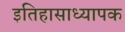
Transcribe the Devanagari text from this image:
इतिहासाध्यापक